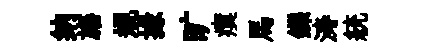
纳旛規掾旷瘼馬鑠涛統